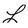
Character: L